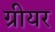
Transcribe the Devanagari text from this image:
ग्रीयर